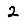
Digit: 2